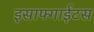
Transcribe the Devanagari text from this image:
इसाफ्गाईटस